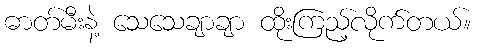
ဓာတ်မီးနဲ့ သေသေချာချာ ထိုးကြည့်လိုက်တယ်။